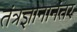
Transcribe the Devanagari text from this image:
तंत्रज्ञानानंतर